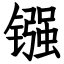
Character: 镪